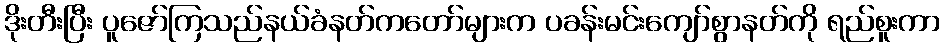
ဒိုးတီးပြီး ပူဇော်ကြသည်နယ်ခံနတ်ကတော်များက ပခန်းမင်းကျော်စွာနတ်ကို ရည်စူးကာ